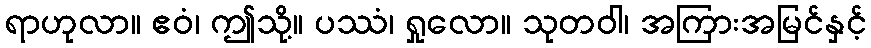
ရာဟုလာ။ ဧဝံ၊ ဤသို့။ ပဿံ၊ ရှုလော။ သုတဝါ၊ အကြားအမြင်နှင့်